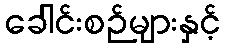
ခေါင်းစဉ်များနှင့်